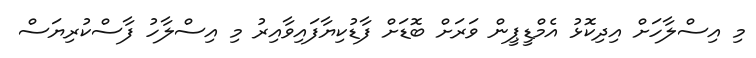
މި އިސްލާހަށް އިދިކޮޅު އެމްޑީޕީން ވަރަށް ބޮޑަށް ފާޑުކިޔާފައިވާއިރު މި އިސްލާހު ފާސްކުރިޔަސް